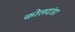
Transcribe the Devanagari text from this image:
कोलदांडा